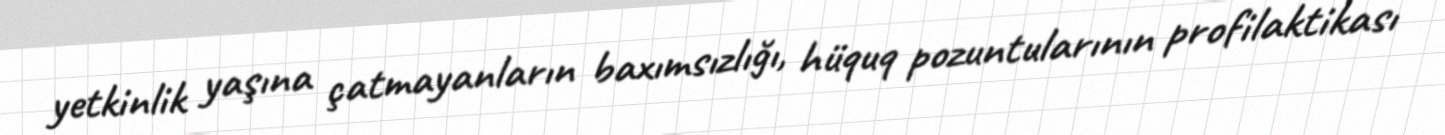
yetkinlik yaşına çatmayanların baxımsızlığı, hüquq pozuntularının profilaktikası